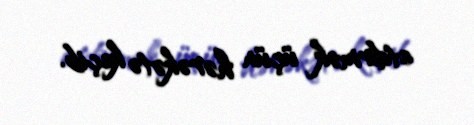
etdirmək üçün hərəkətə keçib.